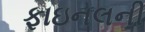
ફાઇનલની